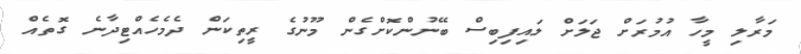
މަރާލި މީހާ އުމުރަށް ޖަލަށް ލައިފިބިސް ބޭނުންކޮށްގެން މޫނުގެ ރީތިކަން ދެމެހެއްޓިދާނެ ގޮތެއް